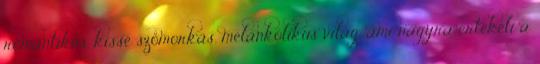
romantikus, kissé szomorkás, melankólikus világ, ami nagyra értékeli a